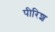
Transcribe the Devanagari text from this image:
पीरिश